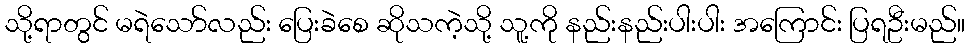
သို့ရာတွင် မရဲသော်လည်း ပြေးခဲစေ ဆိုသကဲ့သို့ သူ့ကို နည်းနည်းပါးပါး အကြောင်း ပြရဦးမည်။